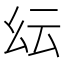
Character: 𢆹